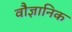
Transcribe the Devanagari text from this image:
वौज्ञानिक